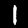
Digit: 1